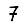
Digit: 7